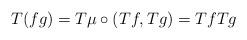
LaTeX: \begin{align*}T(fg)=T\mu \circ (Tf,Tg)=Tf Tg\end{align*}